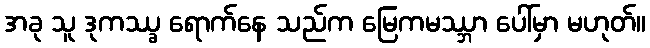
အခု သူ ဒုကဿ္ခ ရောက်နေ သည်က မြေကမဿ္ဘာ ပေါ်မှာ မဟုတ်။